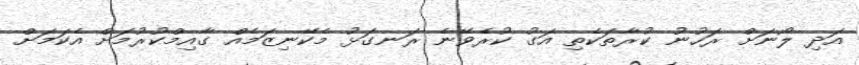
އަދި ލޯނަށް ރަހުނު ކުރާތަކެތި އަގު ކުރެވޭނެ ރަނގަޅު މެކޭނިޒަމެއް ގާއިމްކުރުމަށް އެކަމަށް